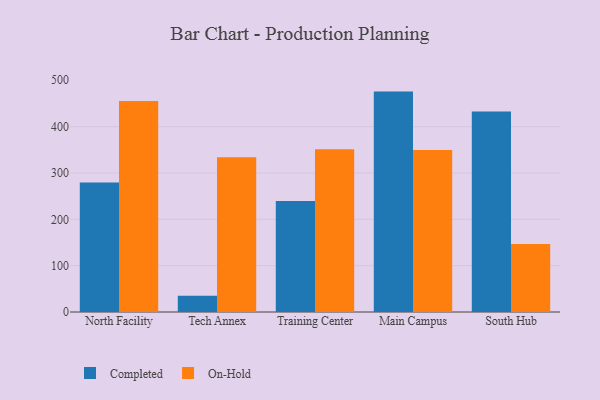
{"axis": {"x": "Campus", "y": "Latency (ms)"}, "legend": ["Completed", "On-Hold"], "data": [{"x": "North Facility", "y": 279.5, "type": "Completed"}, {"x": "North Facility", "y": 455.5, "type": "On-Hold"}, {"x": "Tech Annex", "y": 35.0, "type": "Completed"}, {"x": "Tech Annex", "y": 333.8, "type": "On-Hold"}, {"x": "Training Center", "y": 239.6, "type": "Completed"}, {"x": "Training Center", "y": 351.3, "type": "On-Hold"}, {"x": "Main Campus", "y": 475.6, "type": "Completed"}, {"x": "Main Campus", "y": 349.5, "type": "On-Hold"}, {"x": "South Hub", "y": 432.6, "type": "Completed"}, {"x": "South Hub", "y": 146.5, "type": "On-Hold"}]}